Indian journal of veterinary science and animal husbandry - Volumes 15-17, 1948-1951
Year: 1948
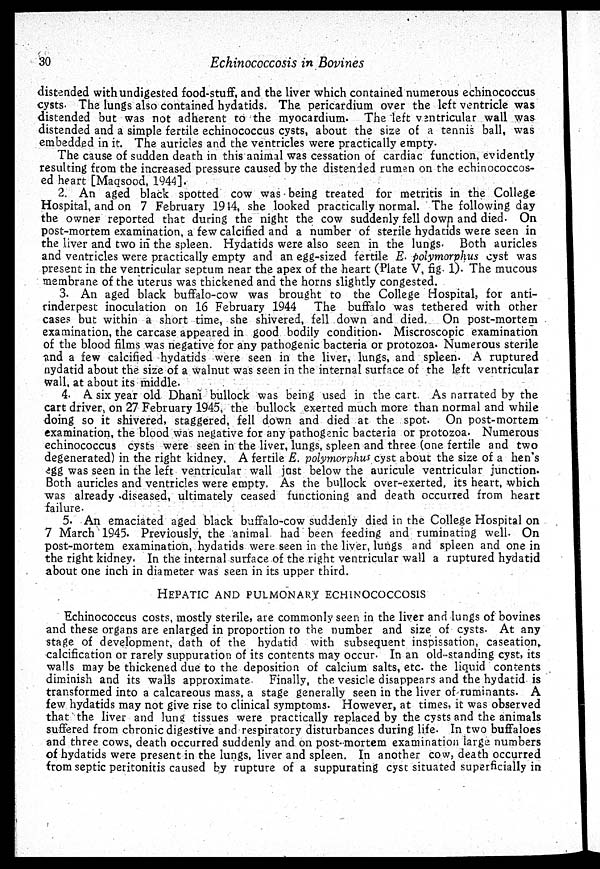
30
Echinococcosis in Bovines
distended with undigested food-stuff, and the liver which contained numerous echinococcus
cysts. The lungs also contained hydatids. The pericardium over the left ventricle was
distended but was not adherent to the myocardium. The left ventricular wall was
distended and a simple fertile echinococcus cysts, about the size of a tennis ball, was
embedded in it. The auricles and the ventricles were practically empty.
The cause of sudden death in this animal was cessation of cardiac function, evidently
resulting from the increased pressure caused by the distended rumen on the echinococcos-
ed heart [Maqsood, 1944].
2. An aged black spotted cow was being treated for metritis in the College
Hospital, and on 7 February 1914, she looked practically normal. The following day
the owner reported that during the night the cow suddenly fell down and died. On
post-mortem examination, a few calcified and a number of sterile hydatids were seen in
the liver and two in the spleen. Hydatids were also seen in the lungs. Both auricles
and ventricles were practically empty and an egg-sized fertile E. polymorphus cyst was
present in the ventricular septum near the apex of the heart (Plate V, fig. 1). The mucous
membrane of the uterus was thickened and the horns slightly congested.
3. An aged black buffalo-cow was brought to the College Hospital, for anti-
rinderpest inoculation on 16 February 1944 The buffalo was tethered with other
cases but within a short time, she shivered, fell down and died. On post-mortem
examination, the carcase appeared in good bodily condition. Miscroscopic examination
of the blood films was negative for any pathogenic bacteria or protozoa. Numerous sterile
and a few calcified hydatids were seen in the liver, lungs, and spleen. A ruptured
hydatid about the size of a walnut was seen in the internal surface of the left ventricular
wall, at about its middle.
4. A six year old Dhani bullock was being used in the cart. As narrated by the
cart driver, on 27 February 1945, the bullock exerted much more than normal and while
doing so it shivered, staggered, fell down and died at the spot. On post-mortem
examination, the blood was negative for any pathogenic bacteria or protozoa. Numerous
echinococcus cysts were seen in the liver, lungs, spleen and three (one fertile and two
degenerated) in the right kidney. A fertile E. polymorphus cyst about the size of a hen's
egg was seen in the left ventricular wall just below the auricule ventricular junction.
Both auricles and ventricles were empty. As the bullock over-exerted, its heart, which
was already diseased, ultimately ceased functioning and death occurred from heart
failure.
5. An emaciated aged black buffalo-cow suddenly died in the College Hospital on
7 March 1945. Previously, the animal had been feeding and ruminating well. On
post-mortem examination, hydatids were seen in the liver, lungs and spleen and one in
the right kidney. In the internal surface of the right ventricular wall a ruptured hydatid
about one inch in diameter was seen in its upper third.
HEPATIC
AND
PULMONARY
ECHINOCOCCOSIS
Echinococcus costs, mostly sterile, are commonly seen in the liver and lungs of bovines
and these organs are enlarged in proportion to the number and size of cysts. At any
stage of development, dath of the hydatid with subsequent inspissation, caseation,
calcification or rarely suppuration of its contents may occur. In an old-standing cyst, its
walls may be thickened due to the deposition of calcium salts, etc. the liquid contents
diminish and its walls approximate. Finally, the vesicle disappears and the hydatid is
transformed into a calcareous mass, a stage generally seen in the liver of ruminants. A
few hydatids may not give rise to clinical symptoms. However, at times, it was observed
that the liver and lung tissues were practically replaced by the cysts and the animals
suffered from chronic digestive and respiratory disturbances during life. In two buffaloes
and three cows, death occurred suddenly and on post-mortem examination large numbers
of hydatids were present in the lungs, liver and spleen. In another cow, death occurred
from septic peritonitis caused by rupture of a suppurating cyst situated superficially in